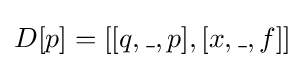
D[p]=[[q,\_,p],[x,\_,f]]